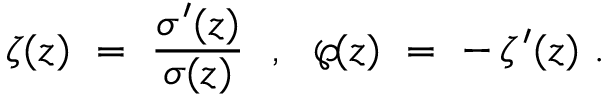
\zeta ( z ) ~ = ~ { \frac { \sigma ^ { \prime } ( z ) } { \sigma ( z ) } } ~ ~ , ~ ~ \wp \! ( z ) ~ = ~ - \, \zeta ^ { \prime } ( z ) ~ .